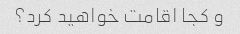
و کجا اقامت خواهید کرد؟